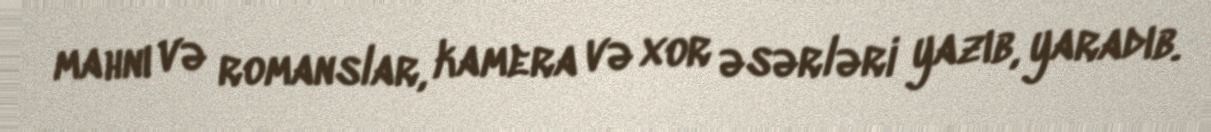
mahnı və romanslar, kamera və xor əsərləri yazıb, yaradıb.